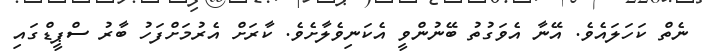
ނެތް ކަހަލައެވެ. އޭނާ އެވަގުތު ބޭނުންވީ އެކަނިވެލާށެވެ. ކާރަށް އެރުމަށްފަހު ބާރު ސްޕީޑްގައި